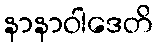
နာနာဝါဒေတိ